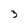
Character: 3